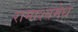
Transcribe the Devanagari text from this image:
रामाश्वमेध